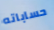
حساباته